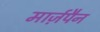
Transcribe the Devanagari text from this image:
मार्ज़पैन